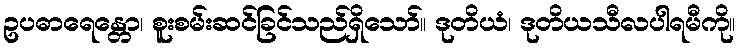
ဥပဓာရေန္တော၊ စူးစမ်းဆင်ခြင်သည်ရှိသော်။ ဒုတိယံ၊ ဒုတိယသီလပါရမီကို။